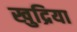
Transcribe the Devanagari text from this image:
खुद्रिया